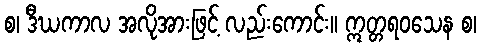
စ၊ ဒီဃကာလ အလိုအားဖြင့် လည်းကောင်း။ ဣတ္တရဝသေန စ၊